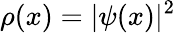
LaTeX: \rho(x)=|\psi(x)|^{2}